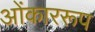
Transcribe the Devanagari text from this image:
ओंकाररूप